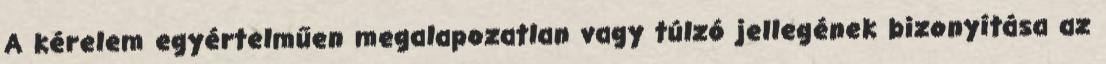
A kérelem egyértelműen megalapozatlan vagy túlzó jellegének bizonyítása az